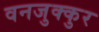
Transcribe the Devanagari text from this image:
वनजुक्कुर